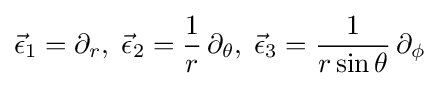
{\vec {\epsilon }}_{1}=\partial _{r},\;{\vec {\epsilon }}_{2}={\frac {1}{r}}\,\partial _{\theta },\;{\vec {\epsilon }}_{3}={\frac {1}{r\sin \theta }}\,\partial _{\phi }